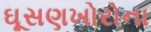
ઘૂસણખોરોના